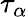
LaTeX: \tau_{\alpha}